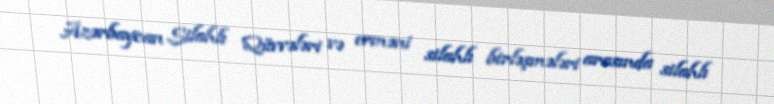
Azərbaycan Silahlı Qüvvələri və erməni silahlı birləşmələri arasında silahlı